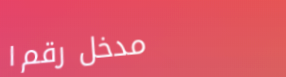
مدخل رقم ١